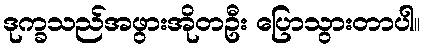
ဒုက္ခသည်အဖွားအိုတဦး ပြောသွားတာပါ။